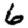
Digit: 6